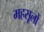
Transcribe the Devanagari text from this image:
महसूलों